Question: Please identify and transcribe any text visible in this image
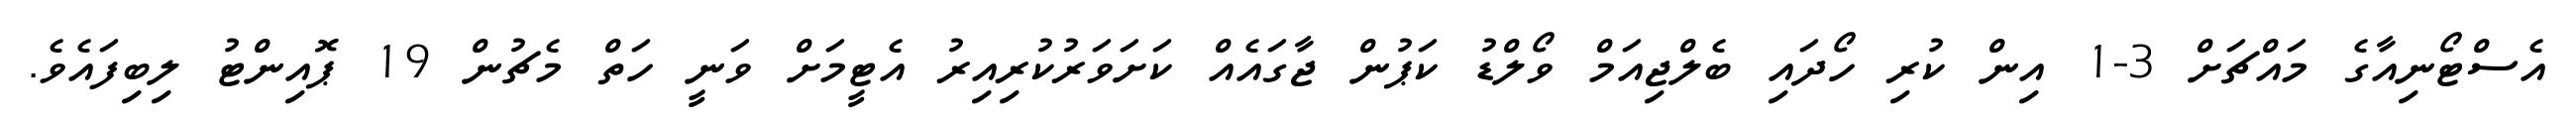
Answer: އެސްޓޯނިއާގެ މައްޗަށް 3-1 އިން ކުރި ހޯދައި ބެލްޖިއަމް ވޯލްޑު ކަޕުން ޖާގައެއް ކަށަވަރުކުރިއިރު އެޓީމަށް ވަނީ ހަތް މެޗުން 19 ޕޮއިންޓު ލިބިފައެވެ.